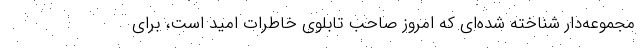
مجموعه‌دار شناخته شده‌ای که امروز صاحب تابلوی خاطرات امید است، برای